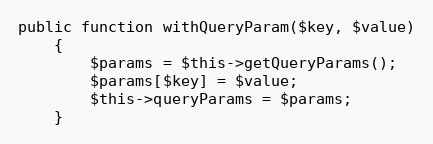
Language: PHP
public function withQueryParam($key, $value)
    {
        $params = $this->getQueryParams();
        $params[$key] = $value;
        $this->queryParams = $params;
    }